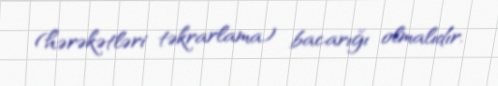
(hərəkətləri təkrarlama) bacarığı olmalıdır.